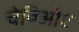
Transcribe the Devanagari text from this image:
चेविओट